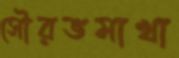
সৌরভমাখা